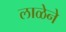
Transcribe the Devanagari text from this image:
लाळेने